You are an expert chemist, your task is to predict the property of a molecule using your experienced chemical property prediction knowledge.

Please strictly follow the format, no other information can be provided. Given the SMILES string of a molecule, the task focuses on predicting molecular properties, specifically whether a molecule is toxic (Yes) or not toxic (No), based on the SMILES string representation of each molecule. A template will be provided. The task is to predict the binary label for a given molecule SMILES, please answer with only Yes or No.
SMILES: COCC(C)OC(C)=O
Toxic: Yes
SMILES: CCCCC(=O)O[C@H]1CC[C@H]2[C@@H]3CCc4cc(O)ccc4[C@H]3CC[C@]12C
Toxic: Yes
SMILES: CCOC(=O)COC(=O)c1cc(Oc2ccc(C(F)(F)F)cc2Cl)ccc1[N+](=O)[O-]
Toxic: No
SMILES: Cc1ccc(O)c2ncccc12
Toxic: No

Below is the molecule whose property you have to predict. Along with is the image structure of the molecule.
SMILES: CCOC(=O)C1=C(C)NC(C)=C(C(=O)OC)C1c1cccc([N+](=O)[O-])c1
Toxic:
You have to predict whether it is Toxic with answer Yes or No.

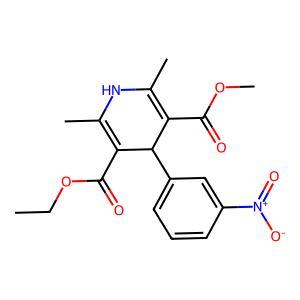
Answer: No